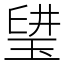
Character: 𤦨